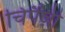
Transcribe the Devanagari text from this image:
चिपैंज़ी